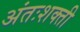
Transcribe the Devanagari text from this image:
अंतःशक्ती